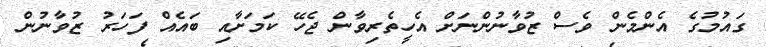
ގައުމުގެ އެންމެން ވެސް ޒުވާނުންނަށް އެހީތެރިވާން ޖެހޭ ކަމަށާއި ބައެއް ފަހަރު ޒުވާނުން